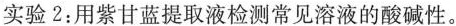
实验2:用则甘蓝提取液检测常见溶液的酸碱性。